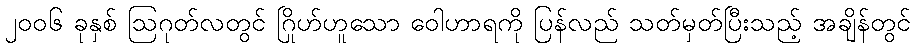
၂၀၀၆ ခုနှစ် ဩဂုတ်လတွင် ဂြိုဟ်ဟူသော ဝေါဟာရကို ပြန်လည် သတ်မှတ်ပြီးသည့် အချိန်တွင်